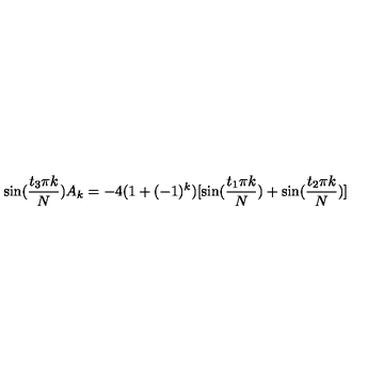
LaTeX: \sin ( \frac { t _ { 3 } \pi k } N ) A _ { k } = - 4 ( 1 + ( - 1 ) ^ { k } ) [ \sin ( \frac { t _ { 1 } \pi k } N ) + \sin ( \frac { t _ { 2 } \pi k } N ) ]